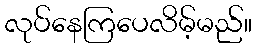
လုပ်နေကြပေလိမ့်မည်။